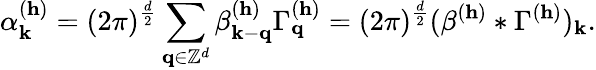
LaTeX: \alpha_{\textbf{k}}^{(\mathbf{h})}=(2\pi)^{\frac{d}{2}}\sum_{\mathbf{q}\in\mathbb{Z}^{d}}\beta_{\mathbf{k}-\mathbf{q}}^{(\mathbf{h})}\Gamma_{\mathbf{q}}^{(\mathbf{h})}=(2\pi)^{\frac{d}{2}}(\beta^{(\mathbf{h})}\ast\Gamma^{(\mathbf{h})})_{\textbf{k}}.